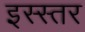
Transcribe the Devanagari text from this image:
इस्स्तर